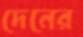
দেনের